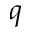
q